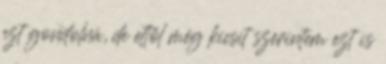
ezt gondolná, de ettől még kicsit szerintem ezt is